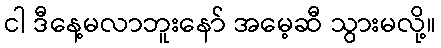
ငါ ဒီနေ့မလာဘူးနော် အမေ့ဆီ သွားမလို့။